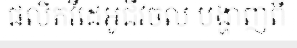
ផលិតវីដេអូជីវចល បង្ហាញពី